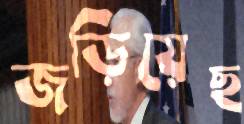
জড়িয়েছ